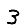
Digit: 3